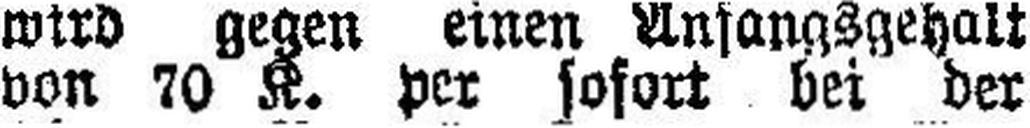
von 70 K. per sofort bei der